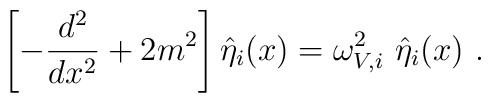
\left[-\frac{d^2}{dx^2}+2m^2\right]\hat{\eta}_i(x)=\omega_{V,i}^2~\hat{\eta}_i(x)~.